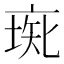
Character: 𠅰